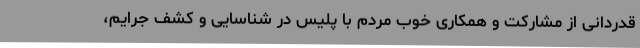
قدردانی از مشارکت و همکاری خوب مردم با پلیس در شناسایی و کشف جرایم،